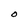
Character: O